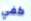
كفي